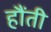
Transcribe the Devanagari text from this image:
हौंती